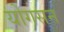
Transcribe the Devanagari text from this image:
योगसन